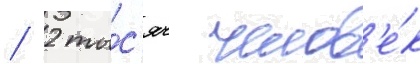
/ 2 ты́с'яч челов'е́к